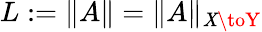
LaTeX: L:=\| A\| =\| A\| _{\mathit{X}\toY}